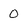
Character: 0